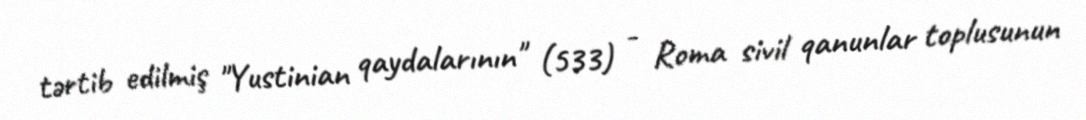
tərtib edilmiş "Yustinian qaydalarının" (533) - Roma sivil qanunlar toplusunun